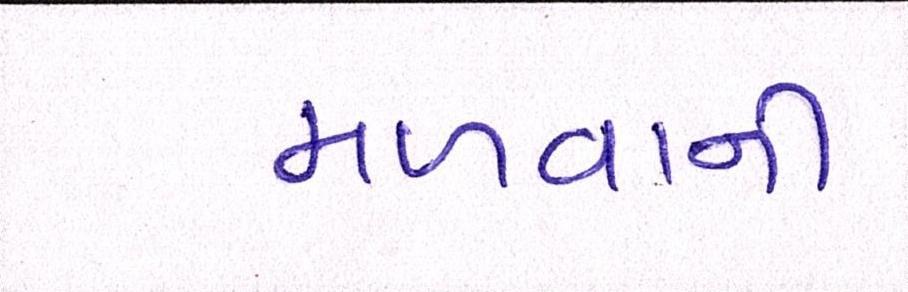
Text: મળવાની